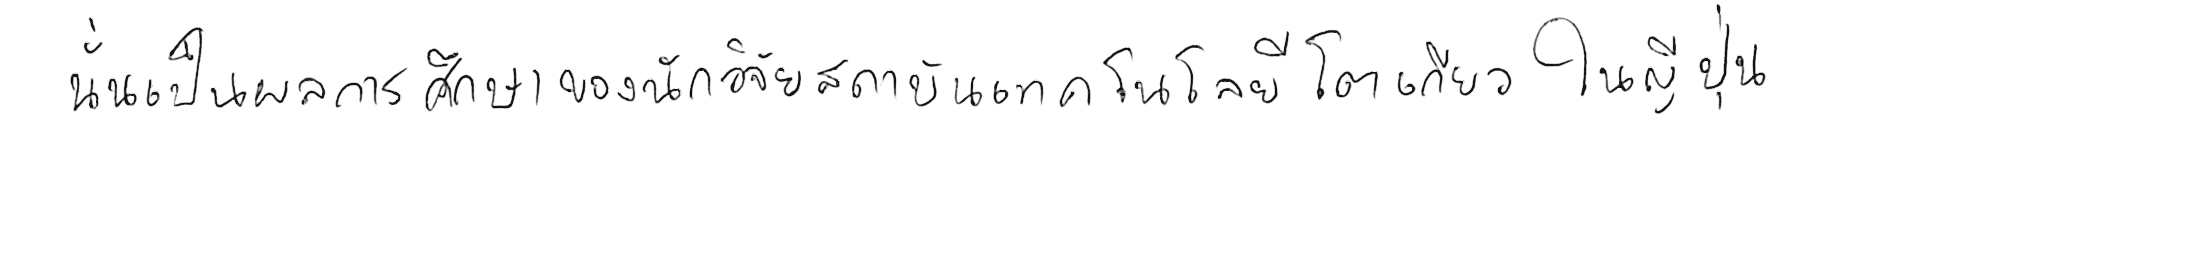
นั่นเป็นผลการศึกษาของนักวิจัยสถาบันเทคโนโลยีโตเกียว ในญี่ปุ่น